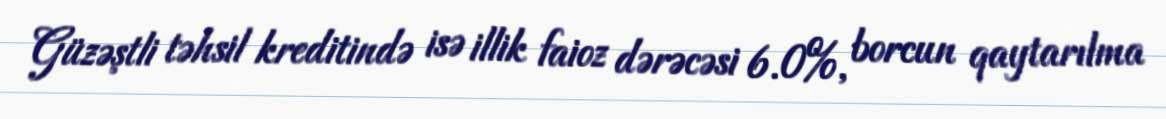
Güzəştli təhsil kreditində isə illik faioz dərəcəsi 6.0%, borcun qaytarılma